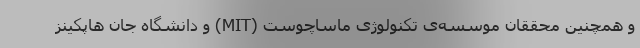
و همچنین محققان موسسه‌ی تکنولوژی ماساچوست (MIT) و دانشگاه جان هاپکینز